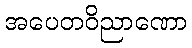
အပေတဝိညာဏော